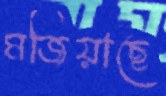
মজিয়াছে